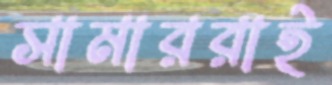
সামাররাই